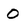
Character: o